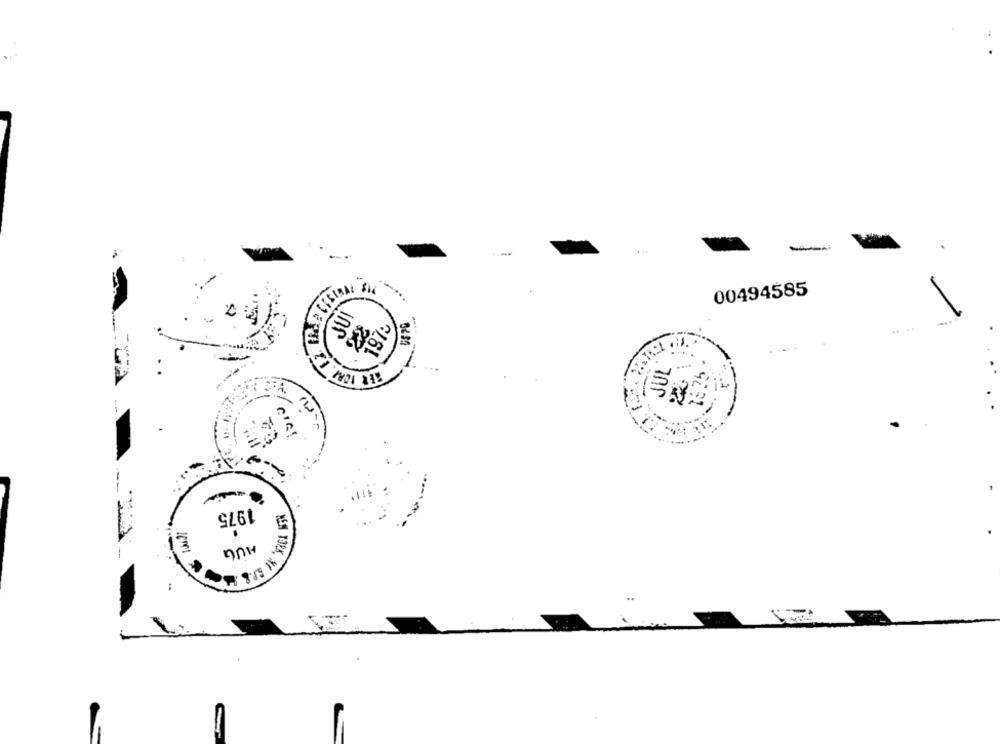
-
00494585
1.
JUL
1975
HUG